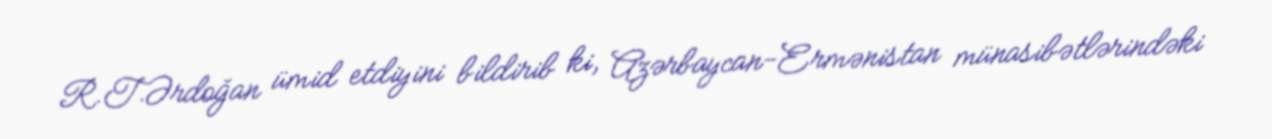
R.T.Ərdoğan ümid etdiyini bildirib ki, Azərbaycan-Ermənistan münasibətlərindəki